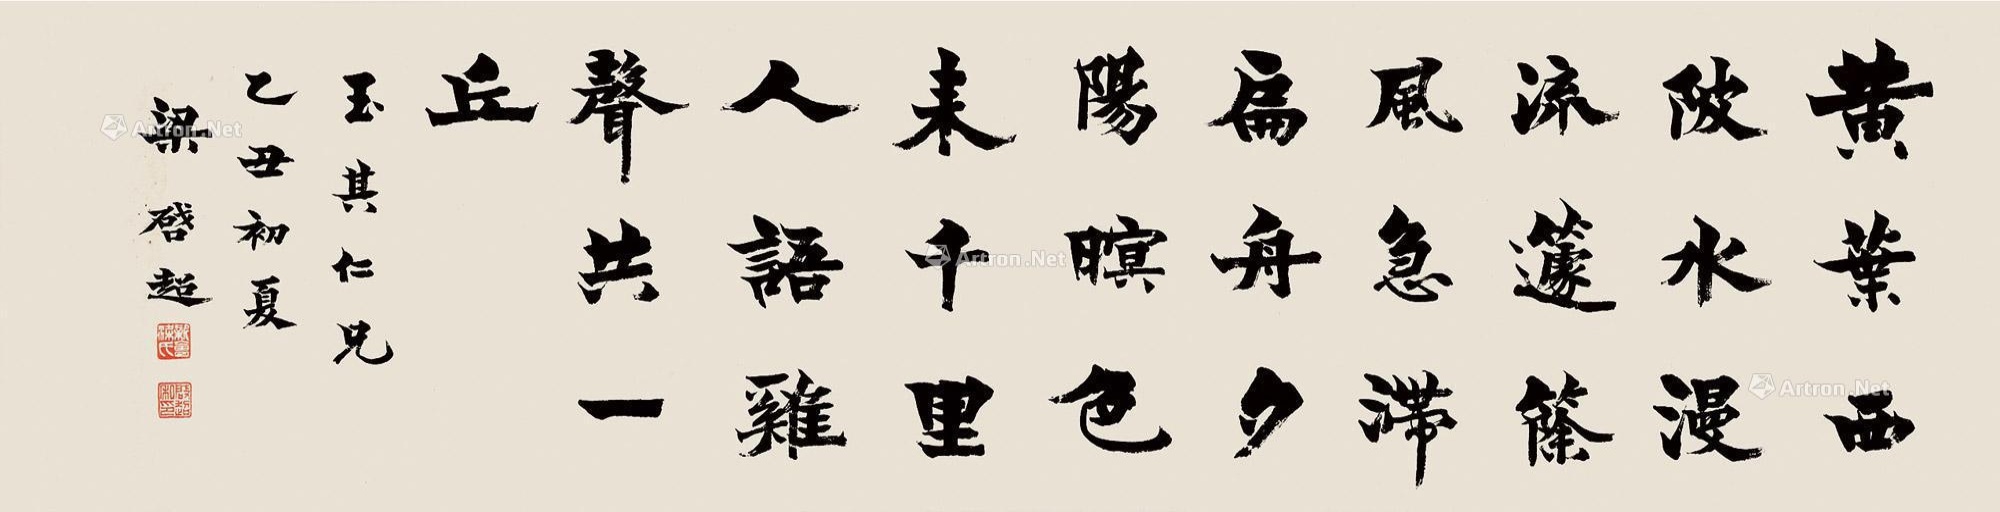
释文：黄叶西陂水漫流，籧篨风急滞扁舟。夕阳暝色来千里，人语鸡声共一丘。玉其仁兄，乙丑初夏，梁启超。